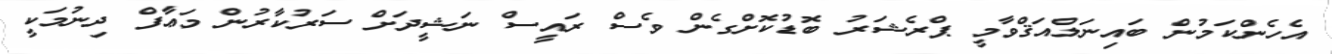
އެހެންކަމުން ބައިނަލްއަޤްވާމީ ޕްރެޝަރު ބޮޑުކޮށްގެން ވެސް ރައީސް ނަޝީދަށް ސަރުކާރުން މަޢާފް ދިނުމަކީ